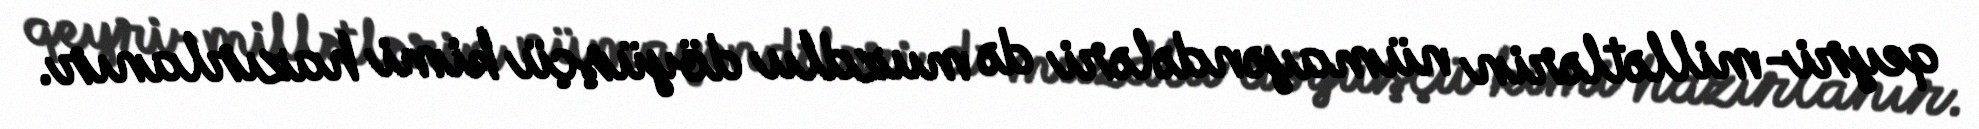
qeyri-millətlərin nümayəndələri də muzdlu döyüşçü kimi hazırlanır.